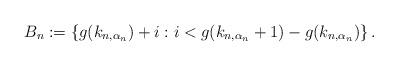
LaTeX: \begin{align*} B_n := \left\{g(k_{n,\alpha_n}) + i : i < g(k_{n,\alpha_n}+1) - g(k_{n,\alpha_n}) \right\}. \end{align*}